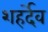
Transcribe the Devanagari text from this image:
शहर्देव